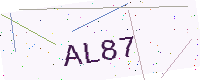
Text: AL87